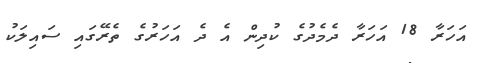
އަހަރާ 18 އަހަރާ ދެމެދުގެ ކުދިން އެ ދެ އަހަރުގެ ތެރޭގައި ސައިލަކު